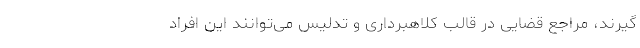
گیرند، مراجع قضایی در قالب کلاهبرداری و تدلیس می‌توانند این افراد